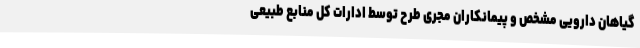
گیاهان دارویی مشخص و پیمانکاران مجری طرح توسط ادارات کل منابع طبیعی